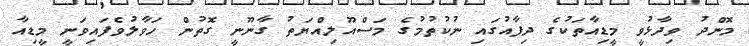
މޮންދު ވިދާޅުވީ މީޑިއާތަކުގެ ދިފާއުގައި ނުކުތުމުގެ މަސްއޫލިއްޔަތު ގާނޫނީ ގޮތުން ހަވާލުވެފައިވަނީ މީޑިއާ